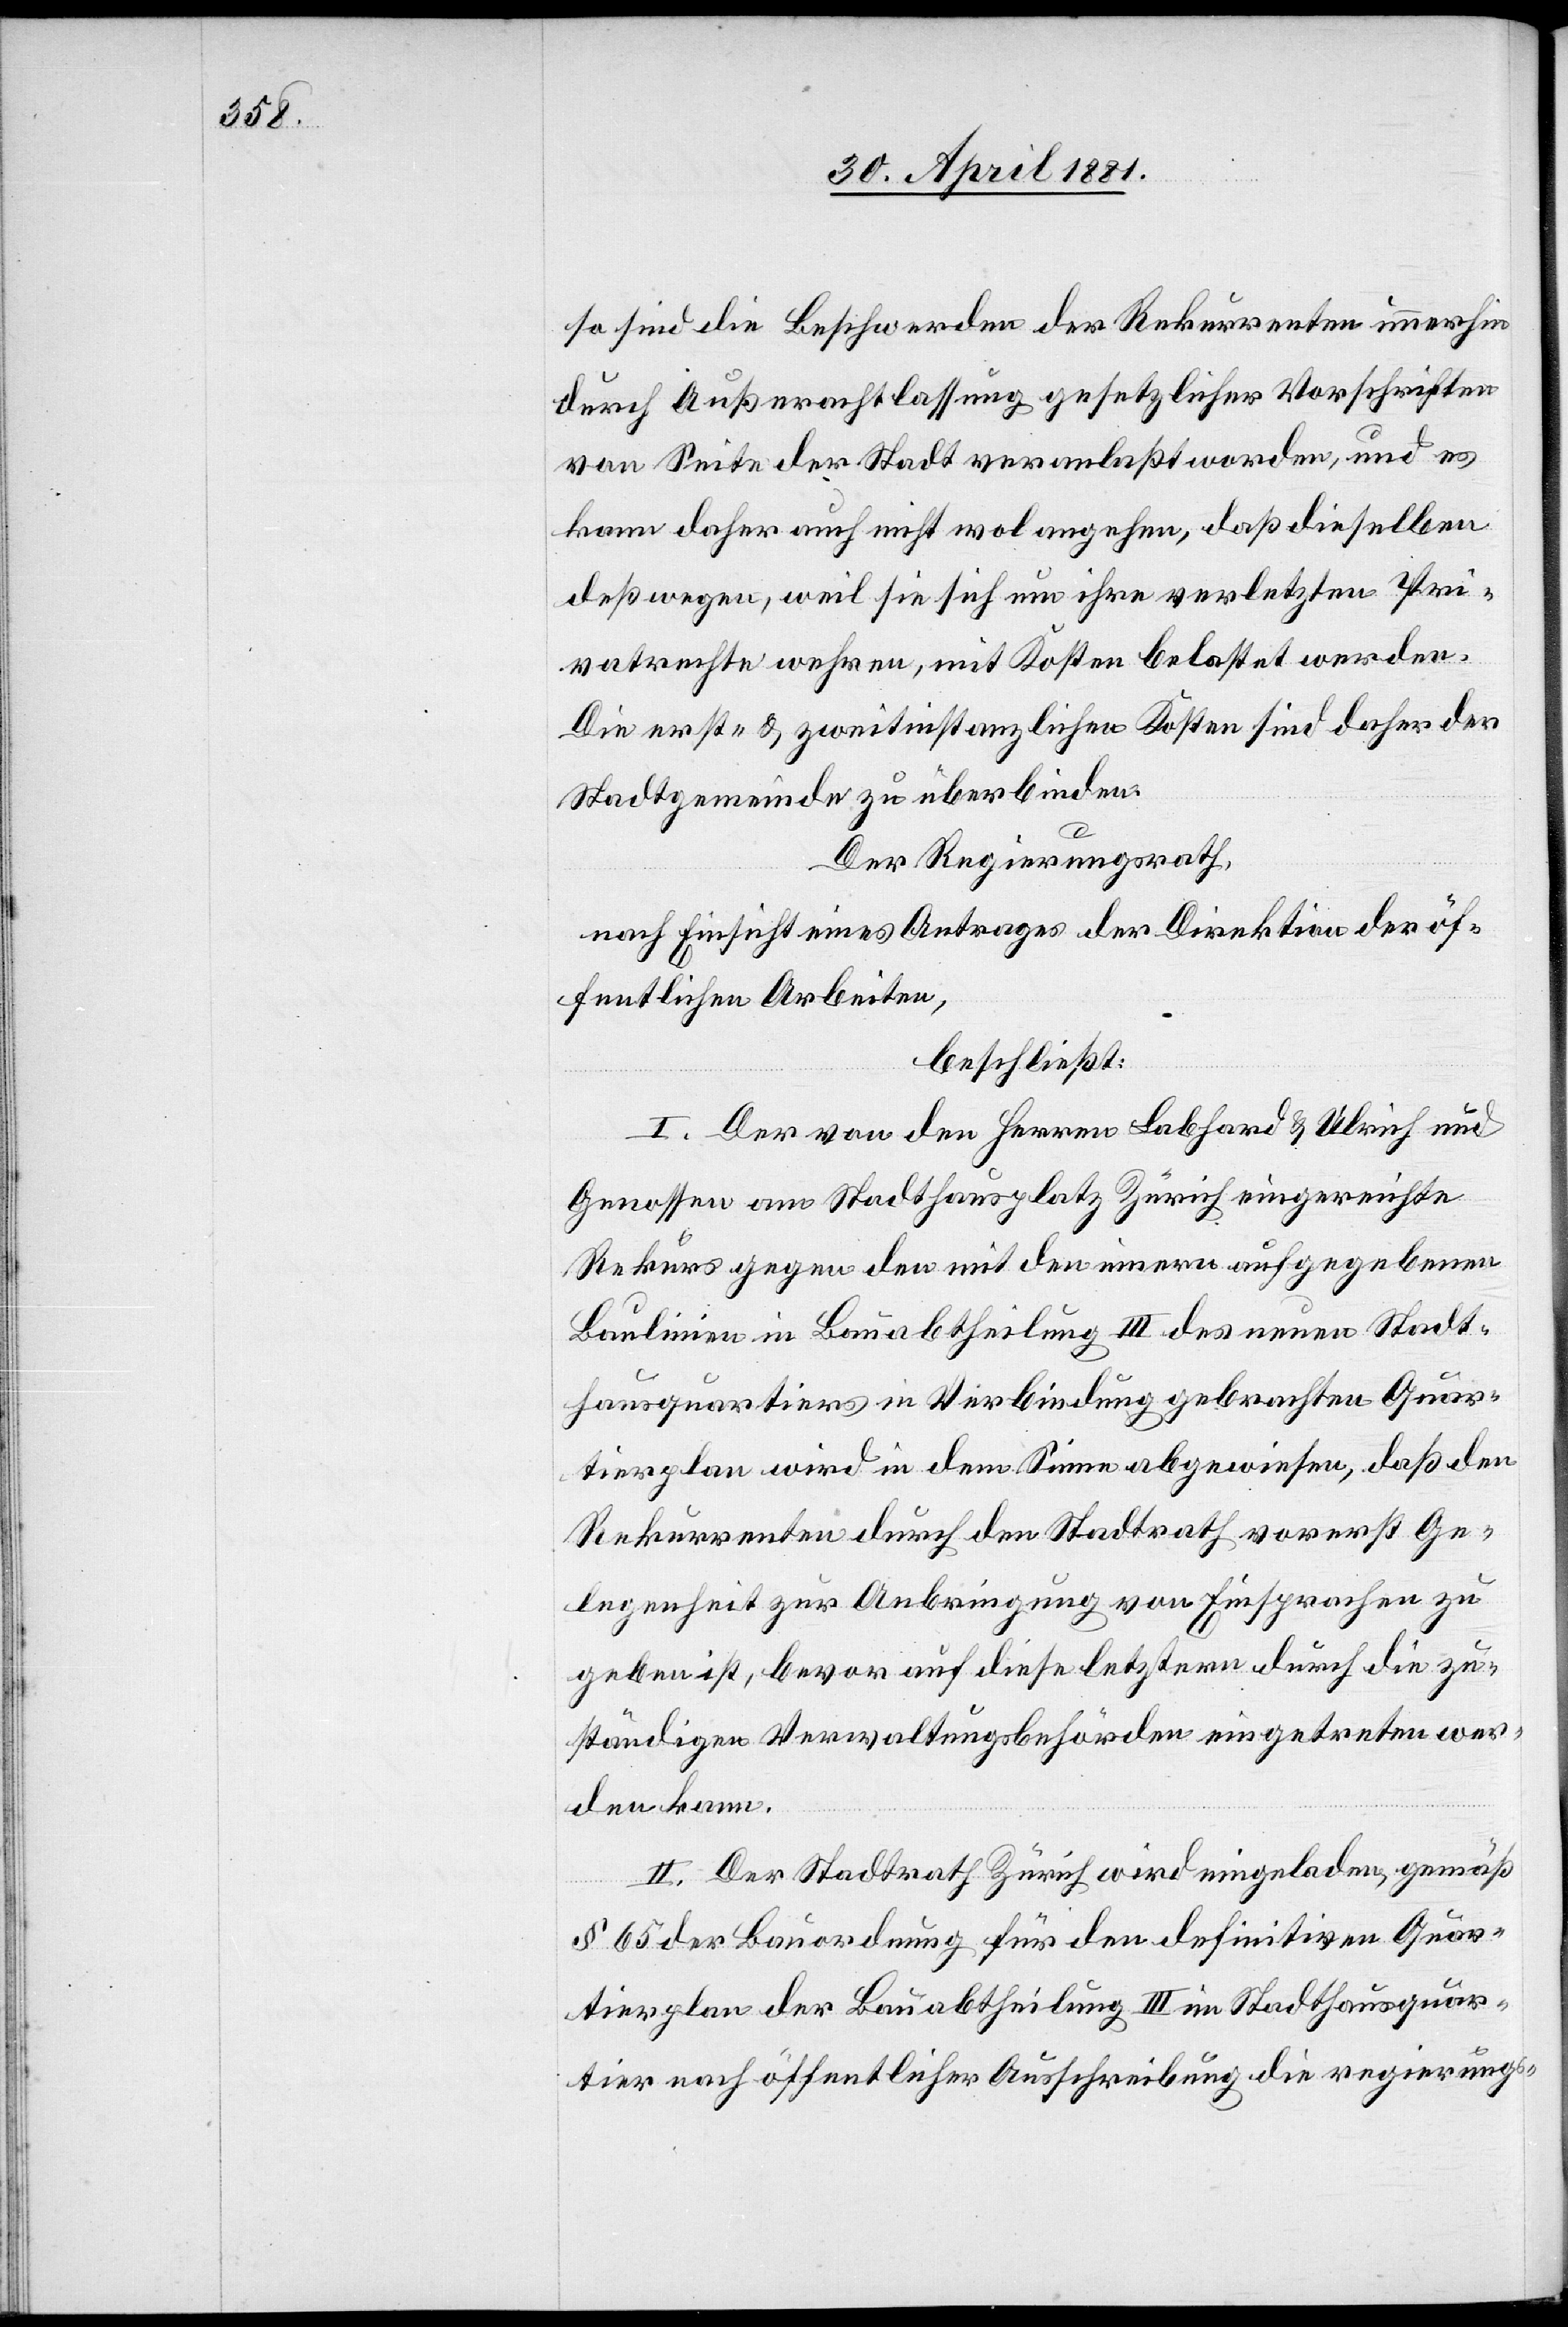
so sind die Beschwerden der Rekurrenten immerhin
durch Außerachtlassung gesetzlicher Vorschriften
von Seite der Stadt veranlaßt worden, und es
kann daher auch nicht wol angehen, daß dieselben
deßwegen, weil sie sich um ihre verletzten Pri¬
vatreche wehren, mit Kosten belastet werden.
Die erst - & zweitinstanzlichen Kosten sind daher der
Stadtgemeinde zu überbinden.
Der Regierungsrath,
nach Einsicht eines Antrages der Direktion der öf¬
fentlichen Arbeiten,
beschließt:
I. Der von den Herren Labhard & Ulrich und
Genossen am Stadthausplatz Zürich eingereichte
Rekurs gegen den mit den innern aufgegebenen
Baulinien in Bauabtheilung III des neuen Stadt¬
hausquartiers in Verbindung gebrachten Quar¬
tierplan wird in dem Sinne abgewiesen, daß den
Rekurrenten durch den Stadtrath vorerst Ge¬
legenheit zur Anbringung von Einsprachen zu
geben ist, bevor auf diese letztern durch die zu¬
ständigen Verwaltungsbehörden eingetreten wer¬
den kann.
II. Der Stadtrath Zürich wird eingeladen, gemäß
§ 65 der Bauordnung für den definitiven Quar¬
tierplan der Bauabtheilung III im Stadthausquar¬
tier nach öffentlicher Ausschreibung die regierungs-